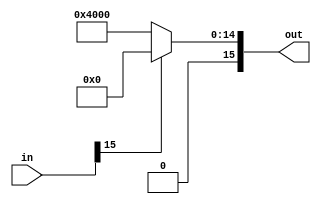
`timescale 1ns / 1ps
module sigma_prime(in, out);

parameter WL = 16;
parameter FL = 14;

input [(WL - 1):0] in;
output [(WL - 1):0] out;

assign out = (in[WL - 1] == 1'b1) ? 0 : (1 << FL);

endmodule